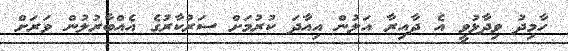
ހާމިދު ވިދާޅުވީ އެ ދާއިރާ އަލުން އިއާދަ ކުރުމަށް ސަރުކާރުގެ އެއްބާރުލުން ވަރަށް